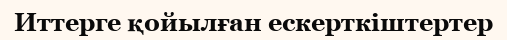
Иттерге қойылған ескерткіштертер